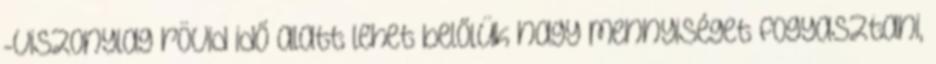
-viszonylag rövid idő alatt lehet belőlük nagy mennyiséget fogyasztani,